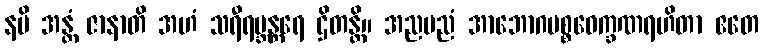
နပိ အန္တံ ဇာနာတိ အဟံ သရီရဗ္ဘန္တရေ ဌိတန္တိ။ အညမညံ အာဘောဂပစ္စဝေက္ခဏရဟိတာ ဧတေ